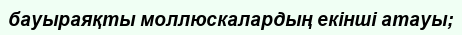
бауыраяқты моллюскалардың екінші атауы;